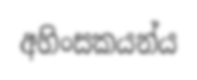
අහිංසකයන්ය